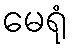
မေရုံ